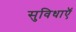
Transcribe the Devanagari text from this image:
सुविधाऍ